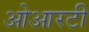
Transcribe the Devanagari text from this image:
ओआरटी